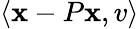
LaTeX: \langle\mathbf{x}-P\mathbf{x},v\rangle